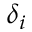
\delta _ { i }